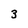
Character: 3